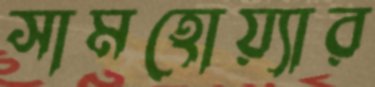
সামহোয়্যার